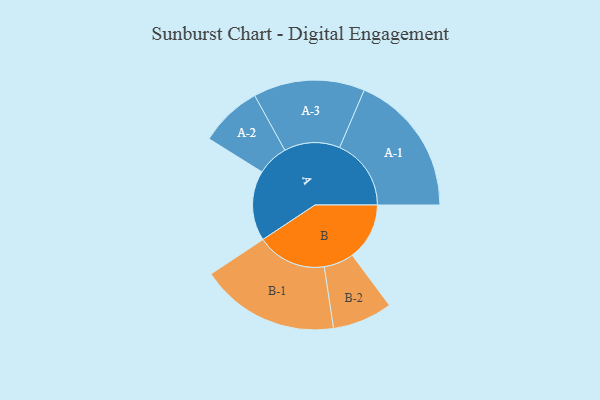
{"axis": {"x": "Segment", "y": "Value"}, "legend": ["", "A", "B"], "data": [{"x": "A", "y": 292, "type": ""}, {"x": "B", "y": 238, "type": ""}, {"x": "A-1", "y": 298, "type": "A"}, {"x": "A-2", "y": 130, "type": "A"}, {"x": "A-3", "y": 232, "type": "A"}, {"x": "B-1", "y": 290, "type": "B"}, {"x": "B-2", "y": 125, "type": "B"}]}